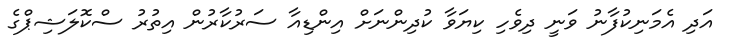
އަދި އެމަނިކުފާނު ވަނީ ދިވެހި ކިޔަވާ ކުދިންނަށް އިންޑިއާ ސަރުކާރުން އިތުރު ސްކޮލަޝިޕްގެ